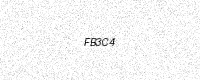
Text: FB3C4